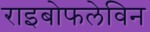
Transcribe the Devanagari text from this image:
राइबोफलेविन